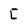
Character: C